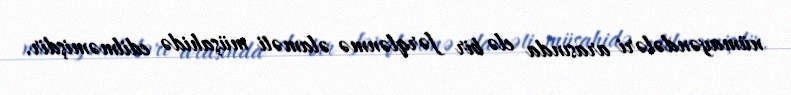
nümayəndələri arasında elə bir fərqlənmə əlaməti müşahidə edilməmişdir.